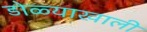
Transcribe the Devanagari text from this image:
डोळ्याखाली